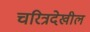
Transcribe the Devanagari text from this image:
चरित्रदेखील